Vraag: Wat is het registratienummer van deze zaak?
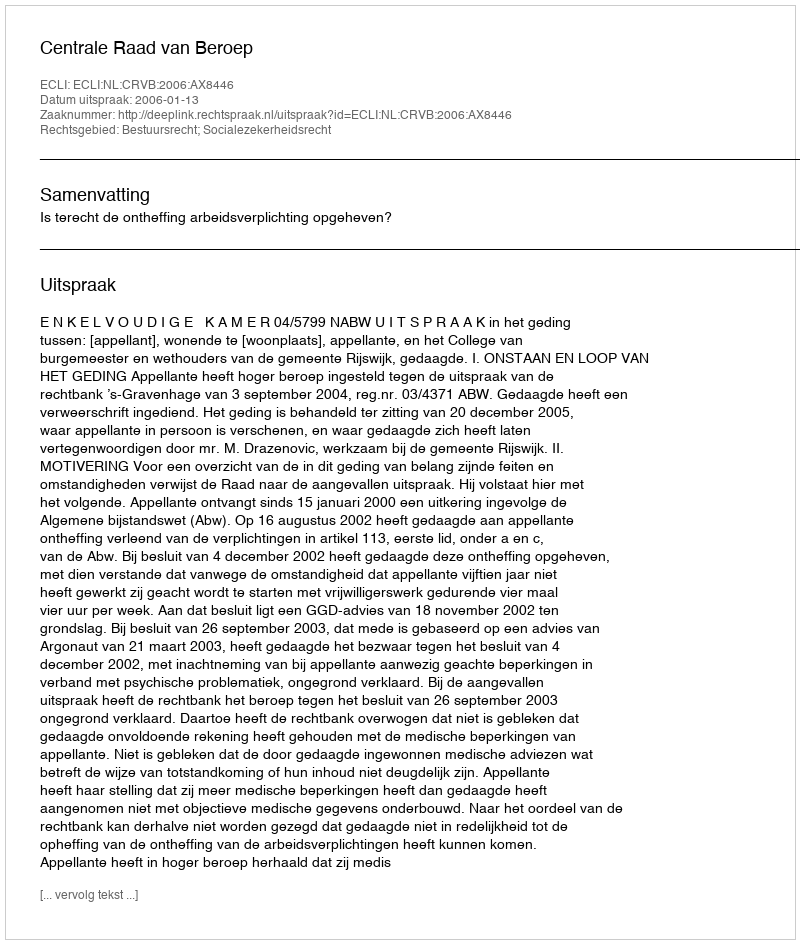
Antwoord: http://deeplink.rechtspraak.nl/uitspraak?id=ECLI:NL:CRVB:2006:AX8446